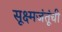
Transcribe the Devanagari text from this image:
सूक्ष्मजंतूंची